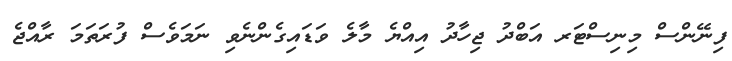
ފިނޭންސް މިނިސްޓަރ އަބްދު ޖިހާދު އިއްޔެ މާލެ ވަޑައިގެންނެވި ނަމަވެސް ފުރަތަމަ ރާއްޖެ